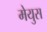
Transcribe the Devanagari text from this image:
मेयुस